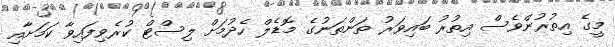
މީގެ އިތުރުންވެސް އިތުރު ބައިވަރު ތަންތަނުގެ މޮޑެލް ހެދުމަށް ލިސްޓް ކުރެވިފައިވާ ކަމަށާއި